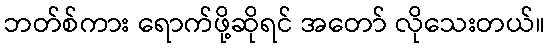
ဘတ်စ်ကား ရောက်ဖို့ဆိုရင် အတော် လိုသေးတယ်။